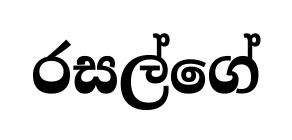
රසල්ගේ